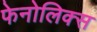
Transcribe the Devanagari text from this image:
फेनोलिक्स